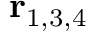
\mathbf { r } _ { 1 , 3 , 4 }